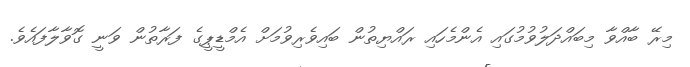
މިރޭ ބާއްވާ މިބައްދަލުވުމުގައި އެންމެހައި ރައްޔިތުން ބައިވެރިވުމަށް އެމްޑީޕީގެ ފަރާތުން ވަނީ ގޮވާލާފައެވެ.